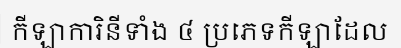
កីឡាការិនីទាំង ៤ ប្រភេទកីឡាដែល